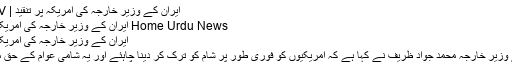
ایران کے وزیر خارجہ کی امریکہ پر تنقید | Shia TV
Home Urdu News ایران کے وزیر خارجہ کی امریکہ پر تنقید
ایران کے وزیر خارجہ کی امریکہ پر تنقید
ایران کے وزیر خارجہ محمد جواد ظریف نے کہا ہے کہ امریکیوں کو فوری طور پر شام کو ترک کر دینا چاہئے اور یہ شامی عوام کے حق میں ہو گا۔